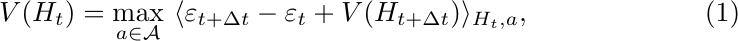
\begin{equation}\label{eq:bellman}
    V(H_t) = \max_{a \in \mathcal{A}} \hspace{0.125cm}  \langle \varepsilon_{t+\Delta t}  - \varepsilon_t +  V(H_{t+\Delta t}) \rangle_{H_t,a},
\end{equation}